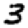
Digit: 3